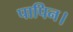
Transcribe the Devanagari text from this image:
पापिन।